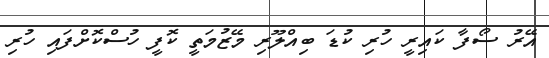
އޭރު ސޯފާ ކައިރީ ހުރި ކުޑަ ބިއްލޫރި މޭޒުމަތީ ކޮފީ ހުސްކޮށްފައި ހުރި